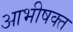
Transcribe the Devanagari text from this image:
आभीषक्त